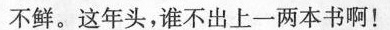
不鲜。这年头，谁不出上一两本书啊！